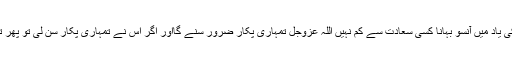
حضور نبی کریم ﷺ کی یاد میں آنسو بہانا کسی سعادت سے کم نہیں اللہ عزوجل تمہاری پکار ضرور سنے گااور اگر اس نے تمہاری پکار سن لی تو پھر تم مفلس نہیں رہو گے۔